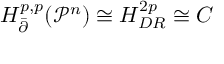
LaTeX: { H _ { \bar { \partial } } ^ { p , p } } ( { { \mathcal P } ^ { n } } ) \cong { H _ { D R } ^ { 2 p } } \cong C